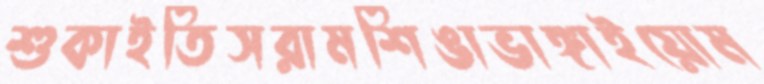
শুকাইতিসরামশিঙাভাঙ্গাইয়োম